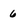
Character: 6